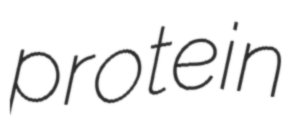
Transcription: protein